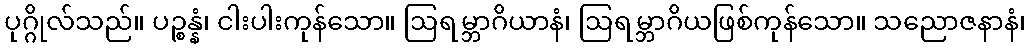
ပုဂ္ဂိုလ်သည်။ ပဉ္စန္နံ၊ ငါးပါးကုန်သော။ ဩရမ္ဘာဂိယာနံ၊ ဩရမ္ဘာဂိယဖြစ်ကုန်သော။ သညောဇနာနံ၊